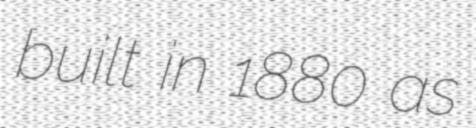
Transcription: built in 1880 as